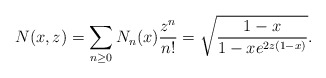
\begin{align*}N(x,z)=\sum_{n\geq 0}N_n(x)\frac{z^n}{n!}=\sqrt{\frac{1-x}{1-xe^{2z(1-x)}}}.\end{align*}